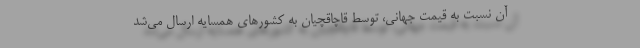
آن نسبت به قیمت جهانی، توسط قاچاقچیان به کشورهای همسایه ارسال می‌شد